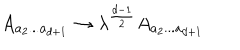
LaTeX: A _ { a _ { 2 } . . . a _ { d + 1 } } \rightarrow \lambda ^ { \frac { d - 1 } { 2 } } A _ { a _ { 2 } . . . a _ { d + 1 } }